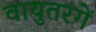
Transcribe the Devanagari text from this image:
वायुतरंगें